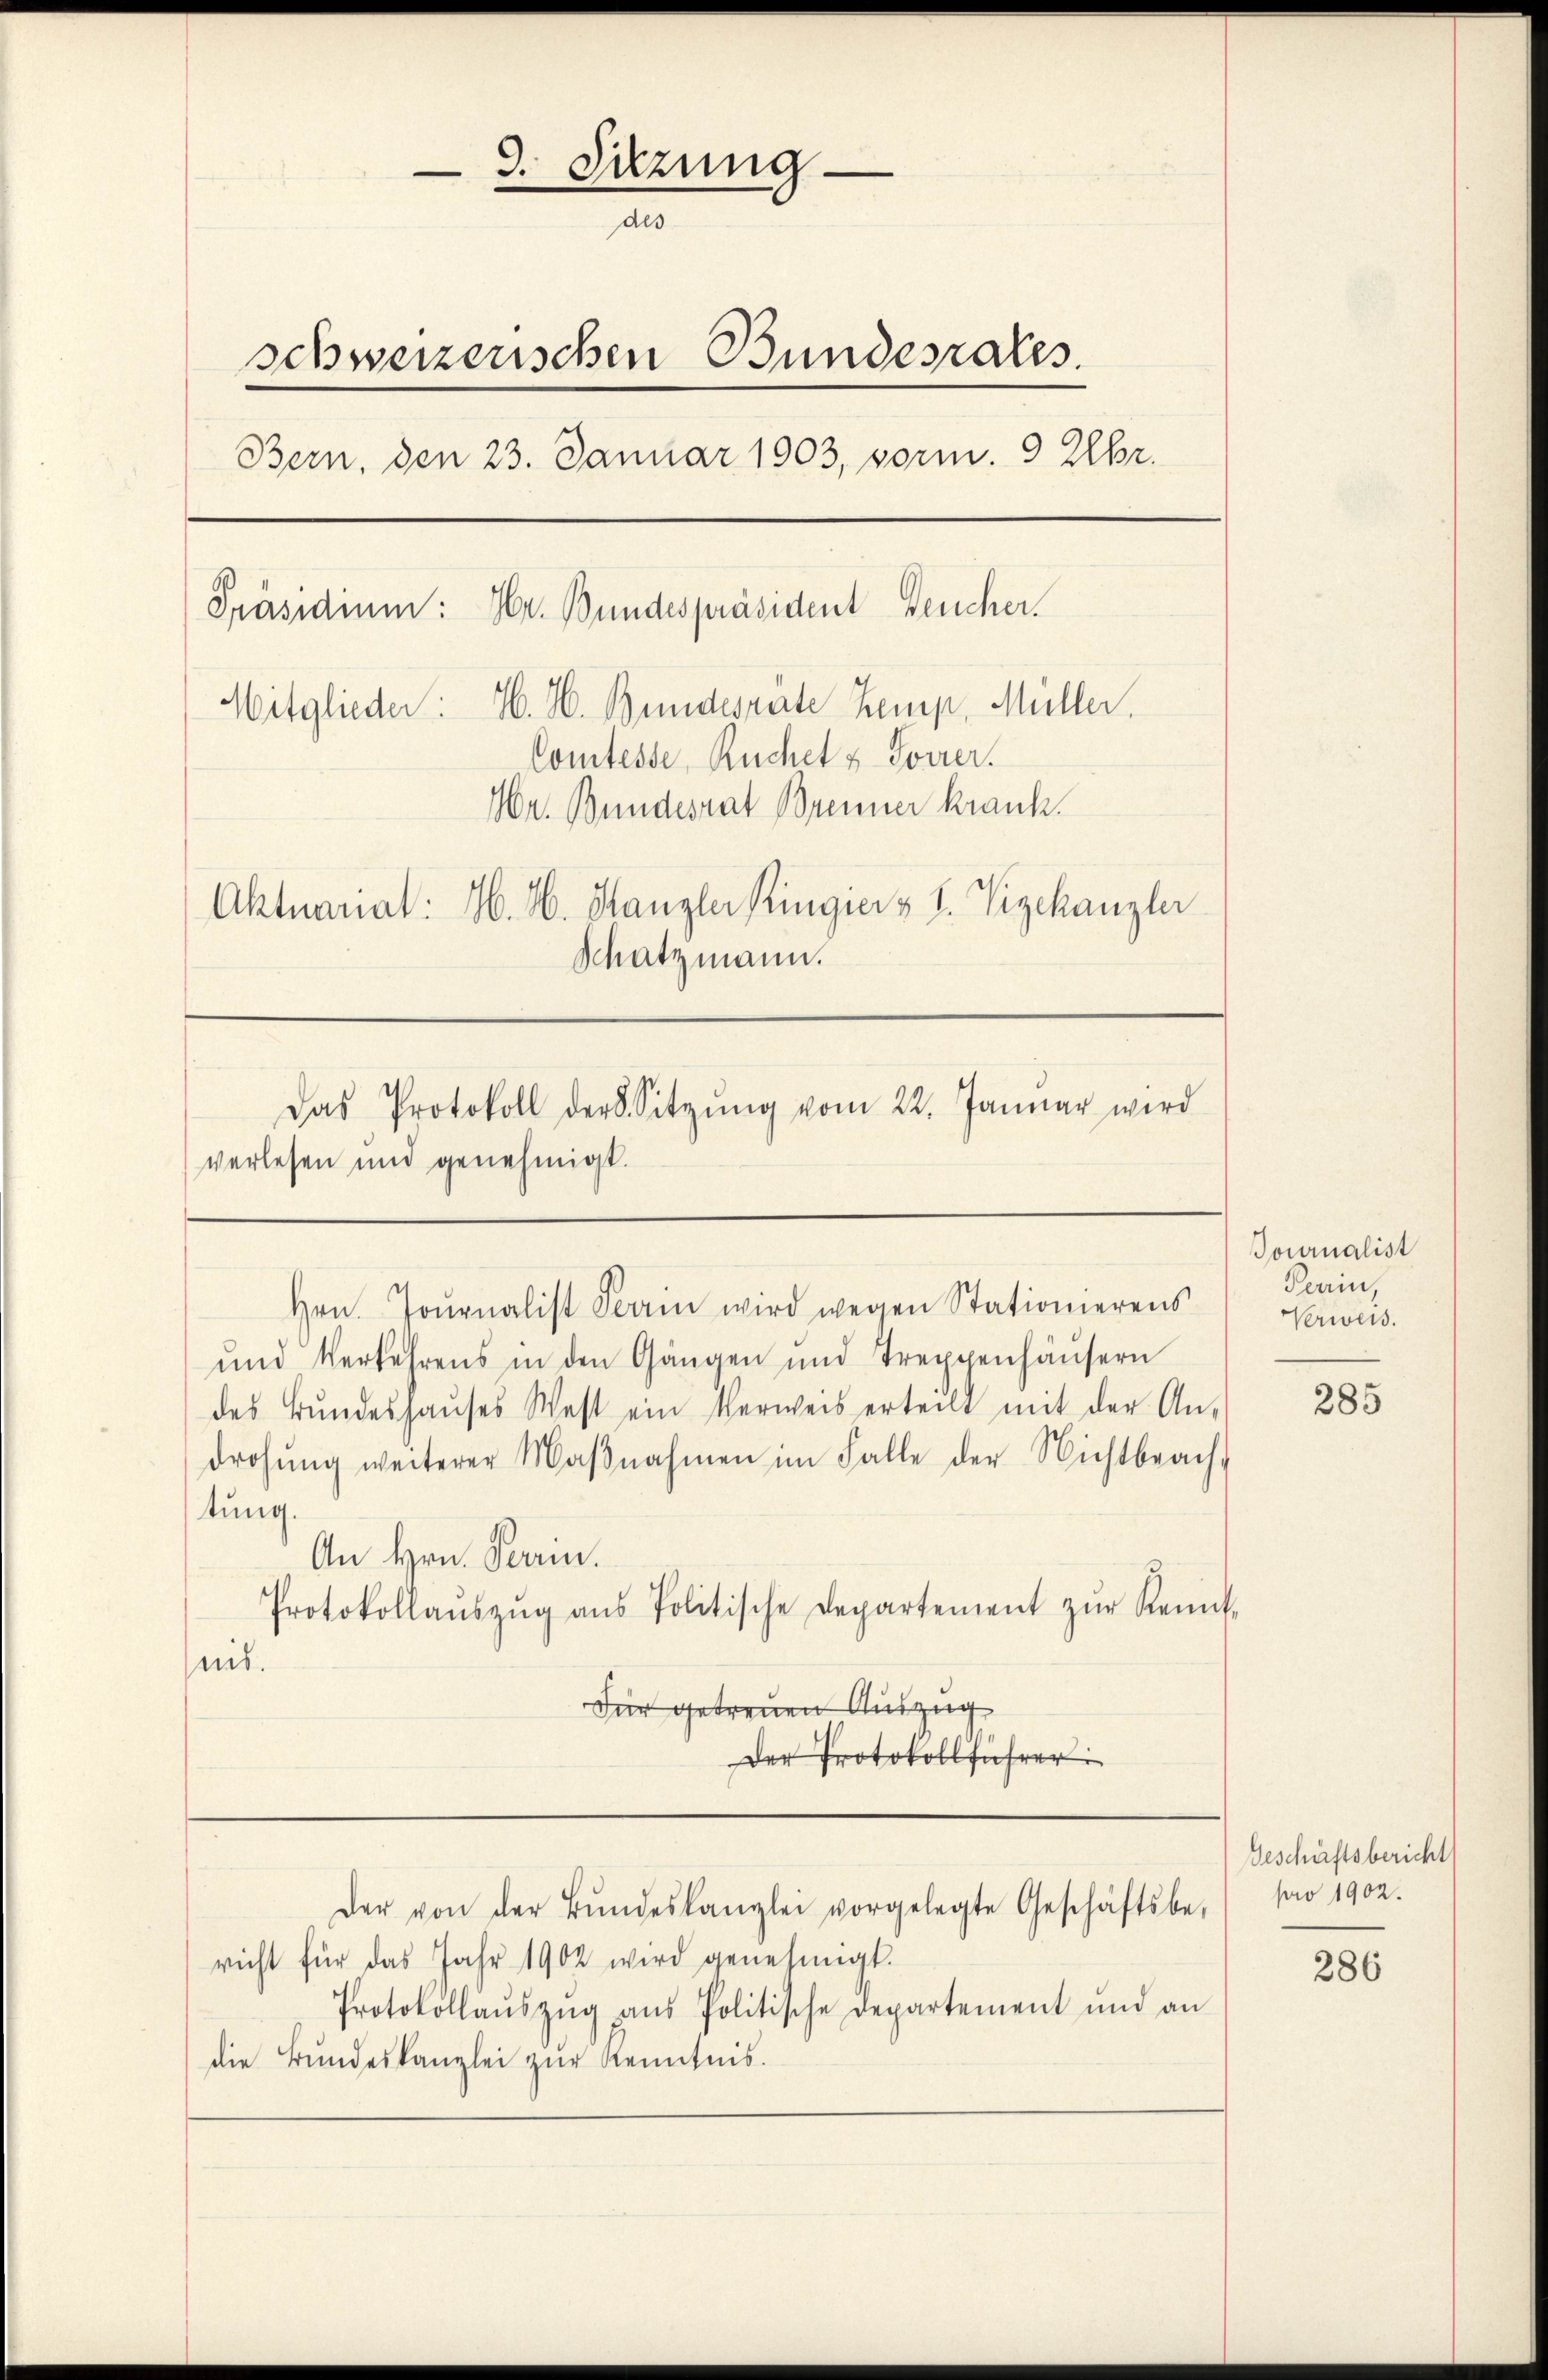
d. Sitzung
des
schweizerischen Bundesrates.
Bern, den 23. Januar 1903, vorm. 9 Uhr.
Präsidium: Hr. Bundespräsident Deucher.
Mitglieder: H. H. Bundesrate Kemp, Müller.
Comtesse, Ruchet & Forrer.
Mr. Bundesrat Brenner krank.
Aktuariat: 16. N. Kanzler Ringier & 1. Vizekanzler
Schatzmann.
Das Protokoll der Sitzŭng vom 22. Januar wird
verlesen und genehmigt.

Hrn. Journalist Fein wird wegen Stationierens
und Verkehrens in den Gängen und Treppenhäŭsern
des Bŭndeshaŭses West ein Verweis erteilt mit der An-
drohŭng weiterer Maβnahmen im Falle der Nichtbrach-
tung.
An Hrn. Parin.
Protokollaŭszŭg aŭs Politische Departement zŭr Kennt-
nis.
Für getreuen Auszug
Der Protokollführer

richt für das Jahr 1902 wird genehmigt.
Protokollaŭszŭg aŭs Politische Departement und an
die Bŭndeskanzlei zŭr Kenntnis.

Der von der Bŭndeskanzlei vorgelegte Geschäftsbe-

Journalist
Perin,
Verweis.

285

Geschäftsbericht
pro 1902.

286